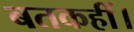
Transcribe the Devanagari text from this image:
बतकहीं।